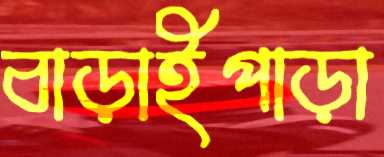
বাড়াইপাড়া